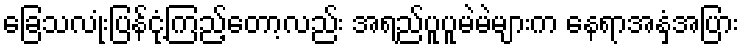
ခြေသလုံးပြန်ငုံ့ကြည့်တော့လည်း အရည်ပူပူမဲမဲများက နေရာအနှံ့အပြား